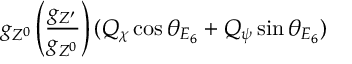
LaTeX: g _ { Z ^ { 0 } } \left( { \frac { g _ { Z ^ { \prime } } } { g _ { Z ^ { 0 } } } } \right) ( Q _ { \chi } \cos \theta _ { E _ { 6 } } + Q _ { \psi } \sin \theta _ { E _ { 6 } } )